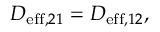
\begin{array} { r } { D _ { \mathrm { e f f } , 2 1 } = D _ { \mathrm { e f f } , 1 2 } , } \end{array}